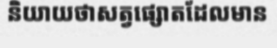
និយាយថាសត្វផ្សោតដែលមាន